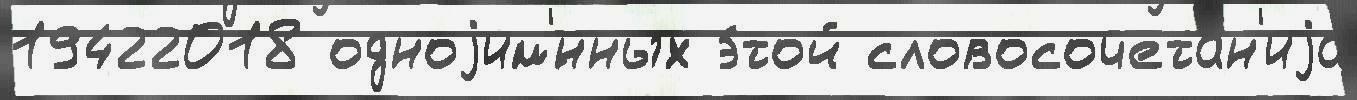
19422018 одноjим'́нных э́той словосочета́н'иjа